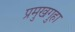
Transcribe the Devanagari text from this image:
प्रमुखगुहा